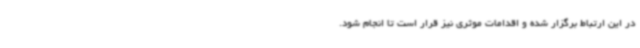
در این ارتباط برگزار شده و اقدامات موثری نیز قرار است تا انجام شود.